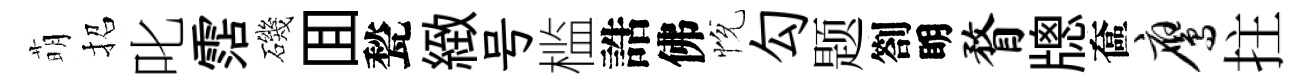
萌招叱霑磯囬甃緻号槛誥佛恱勾题劄眀瞀牕奩鹰拄